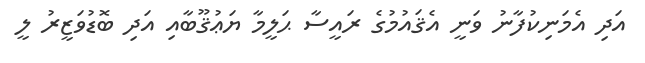
އަދި އެމަނިކުފާނު ވަނީ އެޤައުމުގެ ރައީސާ ޙަލީމާ ޔަޢުޤޫބާއި އަދި ބޮޑުވަޒީރު ލީ